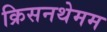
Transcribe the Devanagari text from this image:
क्रिसनथेमम